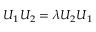
U _ { 1 } U _ { 2 } = \lambda U _ { 2 } U _ { 1 }